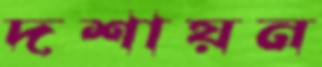
দশায়ন